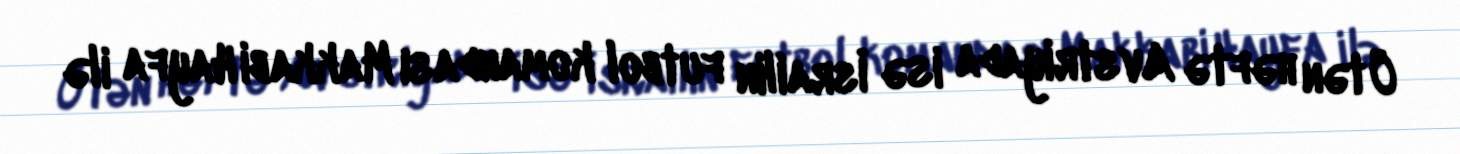
Ötən həftə Avstriyada isə İsrailin futbol komandası Makkabi Hayfa ilə